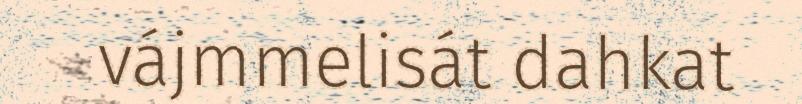
vájmmelisát dahkat